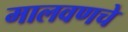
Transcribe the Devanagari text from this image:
मालवणचे